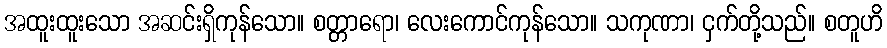
အထူးထူးသော အဆင်းရှိကုန်သော။ စတ္တာရော၊ လေးကောင်ကုန်သော။ သကုဏာ၊ ငှက်တို့သည်။ စတူဟိ